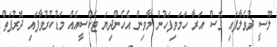
ލޫސީ ދުވެލާފައި ގޮސް އަރާ ހަމަވިފަހުން މާވިން އެހެންދިޔަ ޓެކްސީއެއް މަޑުކުރުވާފައި ދޮރުފަތް